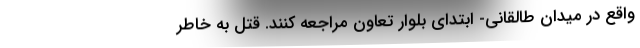
واقع در میدان طالقانی- ابتدای بلوار تعاون مراجعه کنند. قتل به خاطر